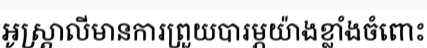
អូស្ត្រាលីមានការព្រួយបារម្ភយ៉ាងខ្លាំងចំពោះ